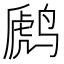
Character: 䴘